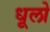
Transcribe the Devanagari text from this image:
धूलो